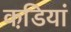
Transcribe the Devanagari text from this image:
कडि़यां